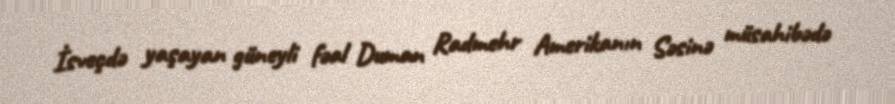
İsveçdə yaşayan güneyli fəal Duman Radmehr Amerikanın Səsinə müsahibədə